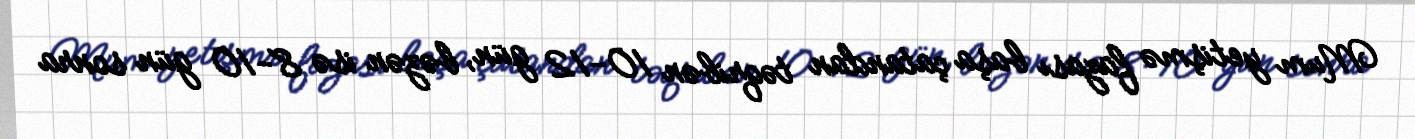
Mum yetişmə fazası başa çatandan təqribən 10-12 gün, bəzən isə 8-10 gün sonra